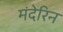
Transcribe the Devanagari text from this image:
मंदेरिन